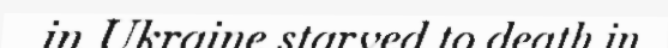
in Ukraine starved to death in